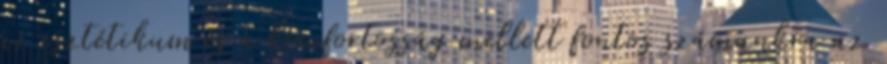
az esztétikum és a komfortosság mellett fontos számunkra az